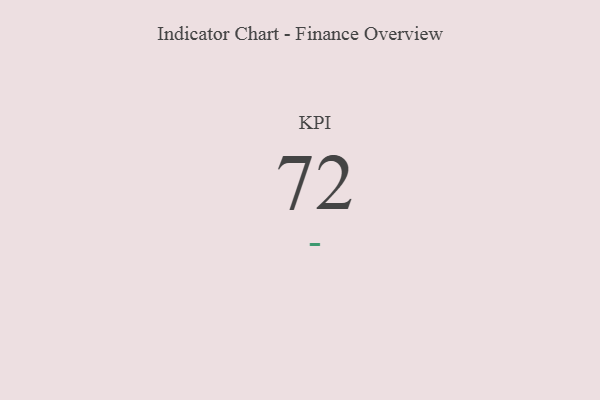
{"axis": {"x": "KPI", "y": "Value"}, "legend": [""], "data": [{"x": "KPI", "y": 72, "type": ""}]}